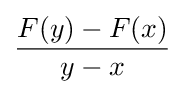
{\frac {F(y)-F(x)}{y-x}}